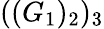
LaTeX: ((G_{1})_{2})_{3}